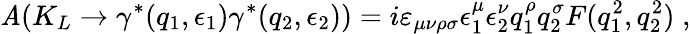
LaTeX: \mathit{A}(K_{L}\to\gamma^{\ast}(q_{1},\epsilon_{1})\gamma^{\ast}(q_{2},\epsilon_{2}))=i\varepsilon_{\mu\nu\rho\sigma}\epsilon_{1}^{\mu}\epsilon_{2}^{\nu}q_{1}^{\rho}q_{2}^{\sigma}F(q_{1}^{2},q_{2}^{2})\; ,